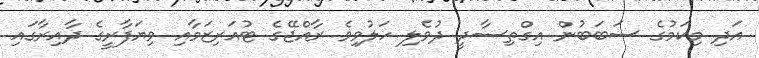
އަދި މިކަމުގެ ސަބަބުން އިގްތިސާދީ ދުވެލި ހަލުވިވެ ރާއްޖޭގެ ޓުއަރިޒަމާއި ވިޔަފާރީގެ ދާއިރާގައި